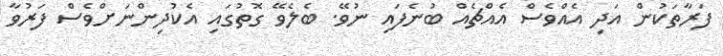
ފަރާތަކުން އަދި އެއްވެސް އެއްޗެއް ބުނެފައި ނުވޭ. ބެލެވޭ ގޮތުގައި އެކުދިންނަށްވެސް ފަރުވާ